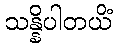
သန္နိပါတယိံ